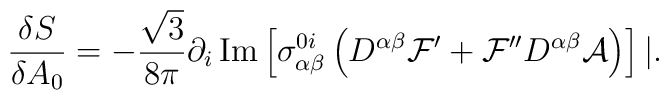
\frac{\delta S}{\delta A_0} = -  \frac{\sqrt{3}}{8\pi} \partial_i\, \mbox{Im}\left[ \sigma^{0i}_{\alpha\beta} \left(D^{\alpha\beta}    {\cal F}' + {\cal F}'' D^{\alpha\beta} {\cal A}\right) \right]|.